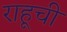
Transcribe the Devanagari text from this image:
राहूची